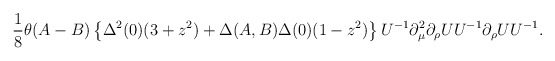
\begin{align*}\frac18 \theta(A - B)\left\{\Delta^2 (0) (3+z^2) + \Delta(A,B) \Delta (0) (1-z^2)\right\} U^{-1} \partial^2_\mu \partial_{\rho} U U^{-1} \partial_{\rho} U U^{-1}.\end{align*}